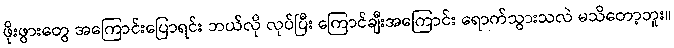
ဖိုးဖွားတွေ အကြောင်းပြောရင်း ဘယ်လို လုပ်ပြီး ကြောင်ချီးအကြောင်း ရောက်သွားသလဲ မသိတော့ဘူး။